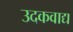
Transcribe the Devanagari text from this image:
उदकवाद्य